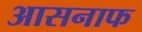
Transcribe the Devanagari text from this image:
आसनाफ